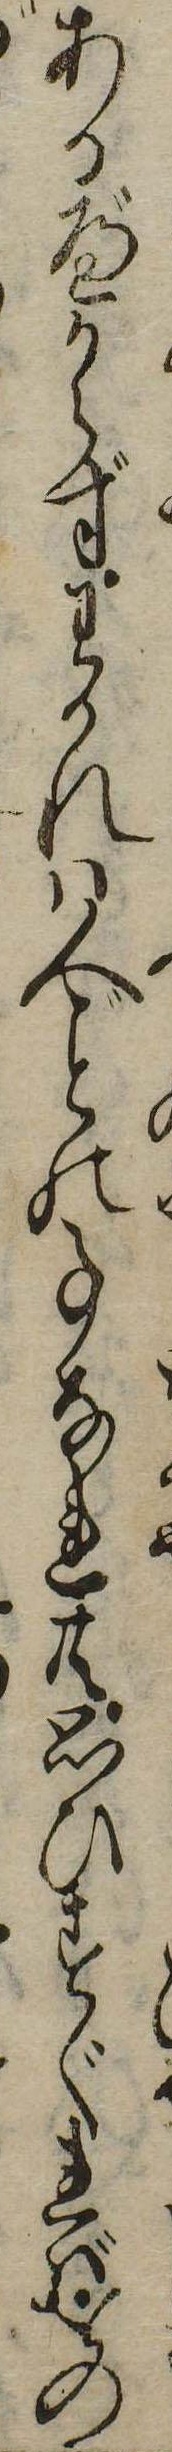
あるべからずわかれは人の事なれ共思ひすぐればをの